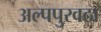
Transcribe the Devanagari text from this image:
अल्पपुरवठा